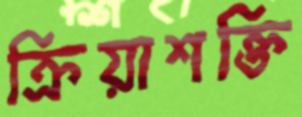
ক্রিয়াশক্তি